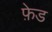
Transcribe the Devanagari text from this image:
फ़ेड